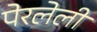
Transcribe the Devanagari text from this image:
पेरलेली